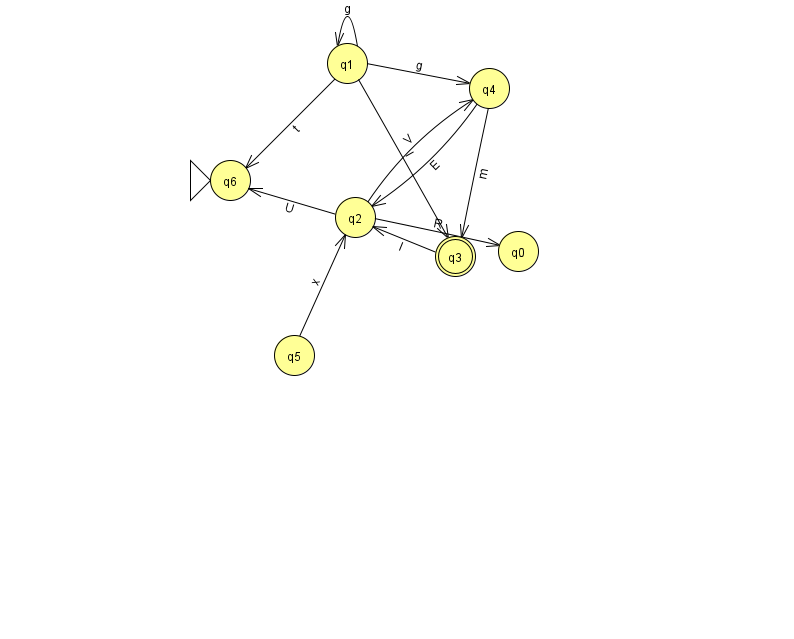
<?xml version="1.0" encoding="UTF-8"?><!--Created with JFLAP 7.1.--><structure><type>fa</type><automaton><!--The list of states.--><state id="0" name="q0"><x>518.0</x><y>238.0</y></state><state id="1" name="q1"><x>347.0</x><y>50.0</y></state><state id="2" name="q2"><x>355.0</x><y>204.0</y></state><state id="3" name="q3"><x>455.0</x><y>243.0</y><final/></state><state id="4" name="q4"><x>489.0</x><y>75.0</y></state><state id="5" name="q5"><x>294.0</x><y>342.0</y></state><state id="6" name="q6"><x>230.0</x><y>167.0</y><initial/></state><!--The list of transitions.--><transition><from>1</from><to>4</to><read>g</read></transition><transition><from>2</from><to>6</to><read>U</read></transition><transition><from>1</from><to>3</to><read>I</read></transition><transition><from>5</from><to>2</to><read>x</read></transition><transition><from>2</from><to>0</to><read>R</read></transition><transition><from>4</from><to>3</to><read>m</read></transition><transition><from>1</from><to>1</to><read>g</read></transition><transition><from>1</from><to>6</to><read>t</read></transition><transition><from>2</from><to>4</to><read>V</read></transition><transition><from>4</from><to>2</to><read>E</read></transition><transition><from>3</from><to>2</to><read>l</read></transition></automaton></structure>